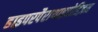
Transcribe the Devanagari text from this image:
हाइपरपैराथाइरोडिज़म